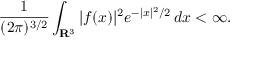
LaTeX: { \frac { 1 } { ( 2 \pi ) ^ { 3 / 2 } } } \int _ { \mathbf { R } ^ { 3 } } | f ( x ) | ^ { 2 } e ^ { - | x | ^ { 2 } / 2 } \, d x < \infty .